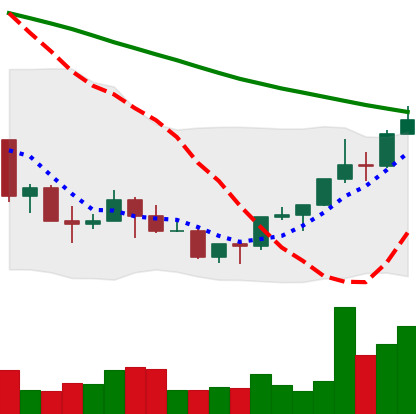
Ticker: NEO-USD
Chart end date: 2022-03-23
Forward return: 4.189%
Label: up_3_5